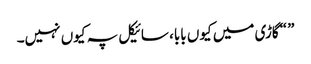
” “گاڑی میں کیوں بابا، سائیکل پہ کیوں نہیں۔